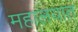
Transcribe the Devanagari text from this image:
महालयात